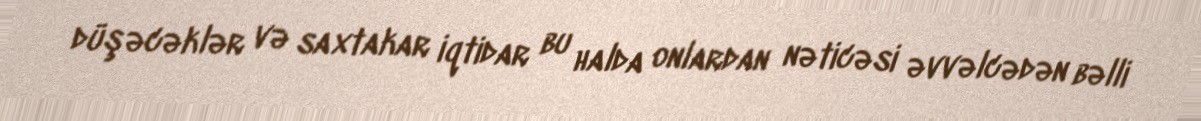
düşəcəklər və saxtakar iqtidar bu halda onlardan nəticəsi əvvəlcədən bəlli